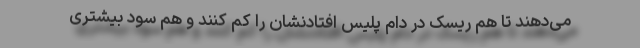
می‌دهند تا هم ریسک در دام پلیس افتادنشان را کم کنند و هم سود بیشتری